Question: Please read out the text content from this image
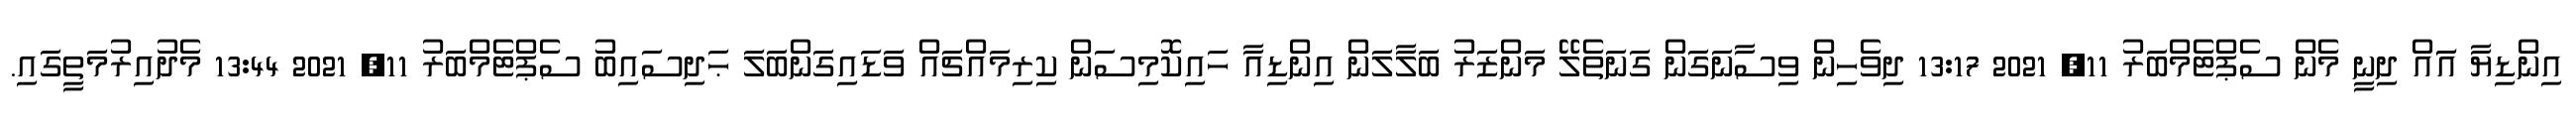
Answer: އިންޑިޔާ އަައް ދިނީ މެން ސެޕްޓެމްބަރު 11, 2021 13:17 ދިވެހިން ވިސާނަގަން ގަނަތެލޭ މަންޒަރު ބަލާލަން އިންޑިއާ ހައިކޮމިސަން ކިރިމައްޗައް ވަޑައިގަންބަލަ ޙަދިސައިބު ސެޕްޓެމްބަރު 11, 2021 13:44 މެދުއިރުމަތީގައި.